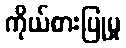
ကိုယ်စားပြုမှု